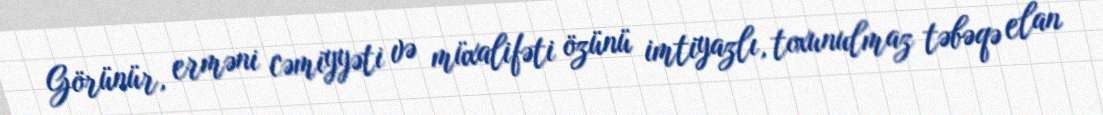
Görünür, erməni cəmiyyəti və müxalifəti özünü imtiyazlı, toxunulmaz təbəqə elan